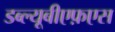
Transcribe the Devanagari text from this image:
डब्ल्यूबीएफ़एस